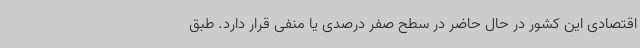
اقتصادی این کشور در حال حاضر در سطح صفر درصدی یا منفی قرار دارد. طبق